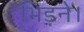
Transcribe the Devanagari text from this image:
भिड़ने।